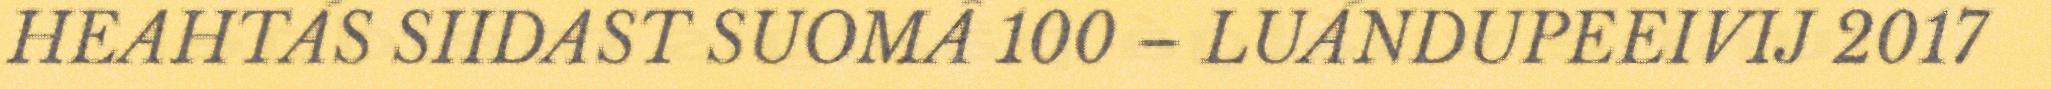
HEAHTÁS SIIDAST SUOMÂ 100 – LUÁNDUPEEIVIJ 2017